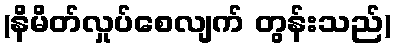
(နိမိတ်လှုပ်စေလျက် တွန်းသည်)